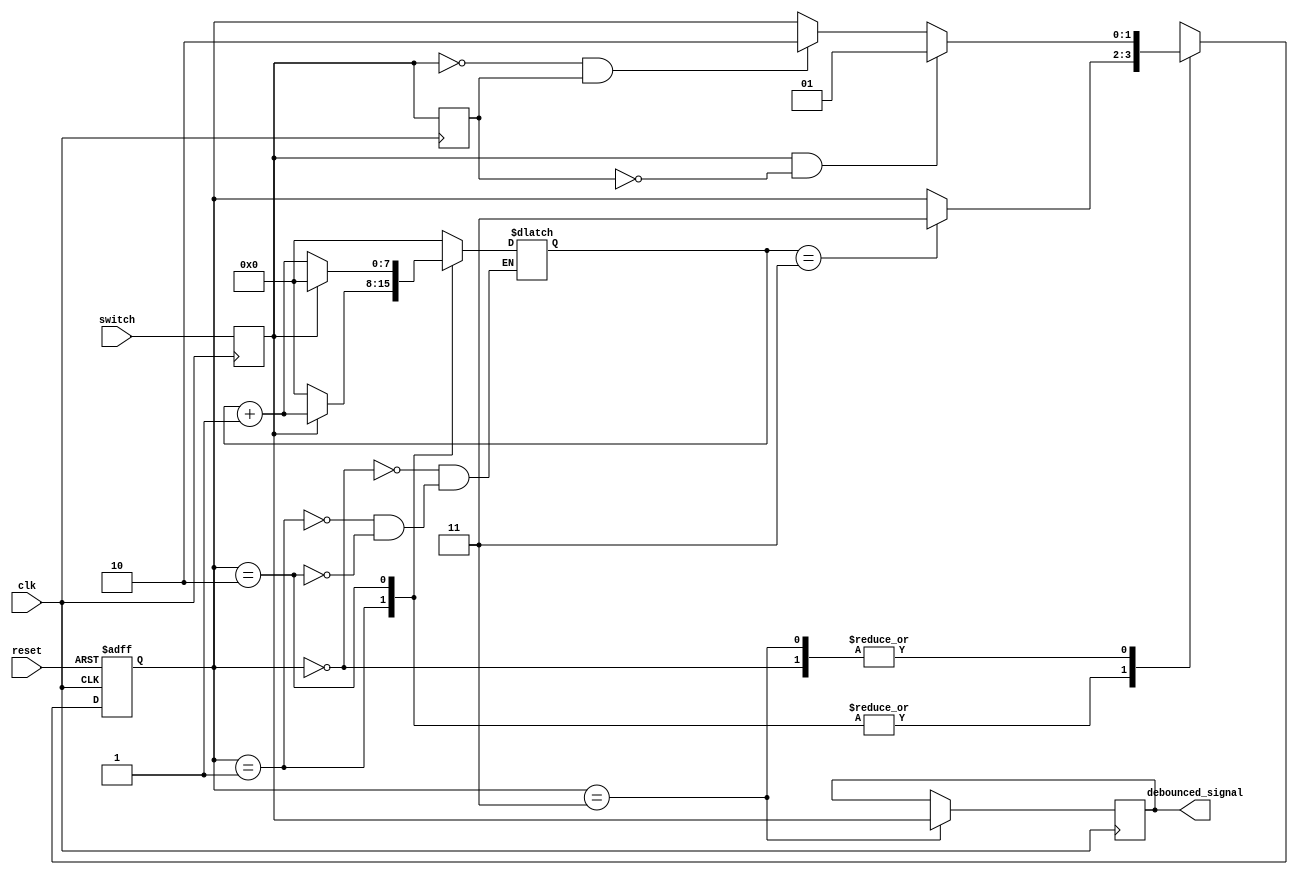
module debounce (
    input wire clk,
    input wire reset,
    input wire switch,
    output reg debounced_signal
);

parameter debounce_threshold = 3; // Number of consecutive stable samples required
parameter STATE_INIT = 2'b00;
parameter STATE_RISING = 2'b01;
parameter STATE_FALLING = 2'b10;
parameter STATE_STABLE = 2'b11;

reg [1:0] state;
reg [1:0] next_state;

reg [7:0] sample_count;
reg sample_value;
reg prev_sample_value;

always @(posedge clk or posedge reset) begin
    if (reset)
        state <= STATE_INIT;
    else
        state <= next_state;
end

always @(posedge clk) begin
    prev_sample_value <= sample_value;
    sample_value <= switch;
end

always @(*) begin
    next_state = state;
    
    case (state)
        STATE_INIT: begin
            sample_count <= 0;
            if (sample_value == 1 && prev_sample_value == 0)
                next_state = STATE_RISING;
            else if (sample_value == 0 && prev_sample_value == 1)
                next_state = STATE_FALLING;
        end
        STATE_RISING: begin
            if (sample_value == 1)
                sample_count <= sample_count + 1;
            else
                sample_count <= 0;
            
            if (sample_count == debounce_threshold)
                next_state = STATE_STABLE;
        end
        STATE_FALLING: begin
            if (sample_value == 0)
                sample_count <= sample_count + 1;
            else
                sample_count <= 0;
            
            if (sample_count == debounce_threshold)
                next_state = STATE_STABLE;
        end
        STATE_STABLE: begin
            if (sample_value == 1 && prev_sample_value == 0)
                next_state = STATE_RISING;
            else if (sample_value == 0 && prev_sample_value == 1)
                next_state = STATE_FALLING;
        end
    endcase
end

always @(posedge clk) begin
    if (state == STATE_STABLE)
        debounced_signal <= sample_value;
end

endmodule